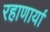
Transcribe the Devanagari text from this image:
रहाणार्या